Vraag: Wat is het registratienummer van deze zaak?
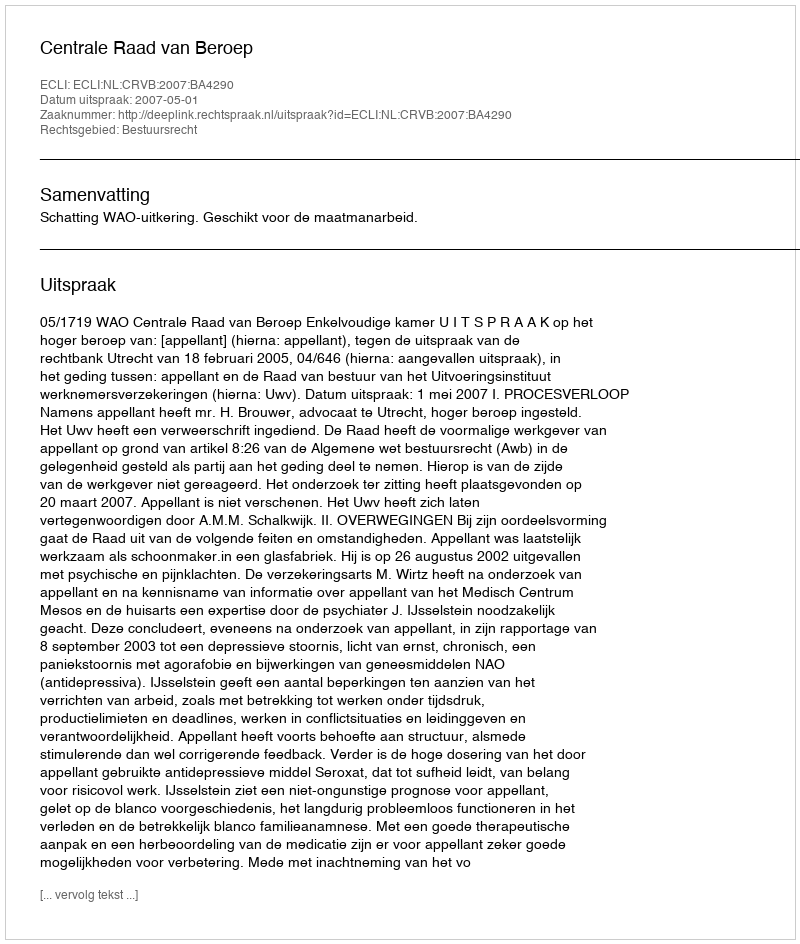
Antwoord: http://deeplink.rechtspraak.nl/uitspraak?id=ECLI:NL:CRVB:2007:BA4290